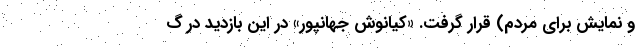
و نمایش برای مردم) قرار گرفت. «کیانوش جهانپور» در این بازدید در گ